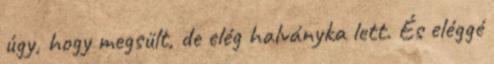
úgy, hogy megsült, de elég halványka lett. És eléggé